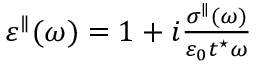
\begin{array} { r } { \varepsilon ^ { \parallel } ( \omega ) = 1 + i \frac { \sigma ^ { \parallel } ( \omega ) } { \varepsilon _ { 0 } t ^ { \star } \omega } } \end{array}